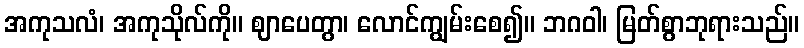
အကုသလံ၊ အကုသိုလ်ကို။ ဈာပေတွာ၊ လောင်ကျွမ်းစေ၍။ ဘဂဝါ၊ မြတ်စွာဘုရားသည်။